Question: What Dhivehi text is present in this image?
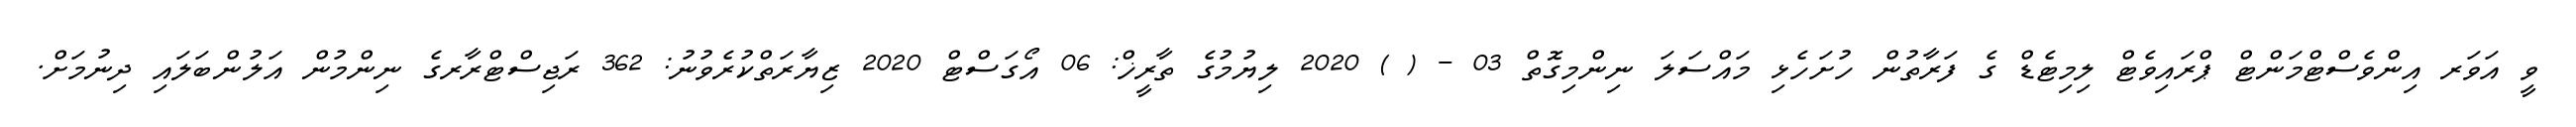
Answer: ވީ އަވަރ އިންވެސްޓްމަންޓް ޕްރައިވެޓް ލިމިޓެޑް ގެ ފަރާތުން ހުށަހެޅި މައްސަލަ ނިންމިގޮތް 03 - ( ) 2020 ލިޔުމުގެ ތާރީޚް: 06 އޯގަސްޓް 2020 ޒިޔާރަތްކުރެވުނު: 362 ރަޖިސްޓްރާރގެ ނިންމުން އަލުންބަލައި ދިނުމަށް.